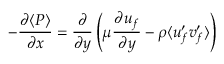
- \frac { \partial \langle P \rangle } { \partial x } = \frac { \partial } { \partial y } \left( \mu \frac { \partial u _ { f } } { \partial y } - \rho \langle u _ { f } ^ { \prime } v _ { f } ^ { \prime } \rangle \right)